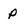
Character: p